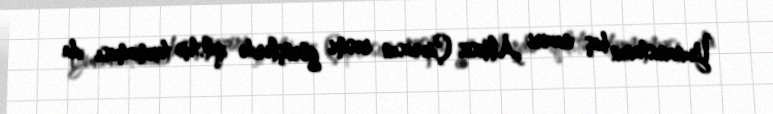
Yunanıstanın baş naziri Aleksis Çiprasın rəsmi görüşlərdə qalstuk taxmaması da